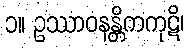
၁။ ဥဿာဝနန္တိကကုဋိ၊